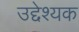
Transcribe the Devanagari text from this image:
उद्देश्यक